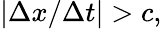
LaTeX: |\Delta x/\Delta t|>c,